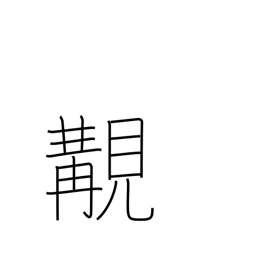
Meaning: happening to meet